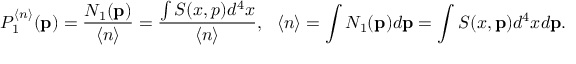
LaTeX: P _ { 1 } ^ { \langle n \rangle } ( { \bf p } ) = \frac { N _ { 1 } ( { \bf p } ) } { \langle n \rangle } = \frac { \int S ( x , p ) d ^ { 4 } x } { \langle n \rangle } , ~ ~ \langle n \rangle = \int N _ { 1 } ( { \bf p } ) d { \bf p } = \int S ( x , { \bf p } ) d ^ { 4 } x d { \bf p } .